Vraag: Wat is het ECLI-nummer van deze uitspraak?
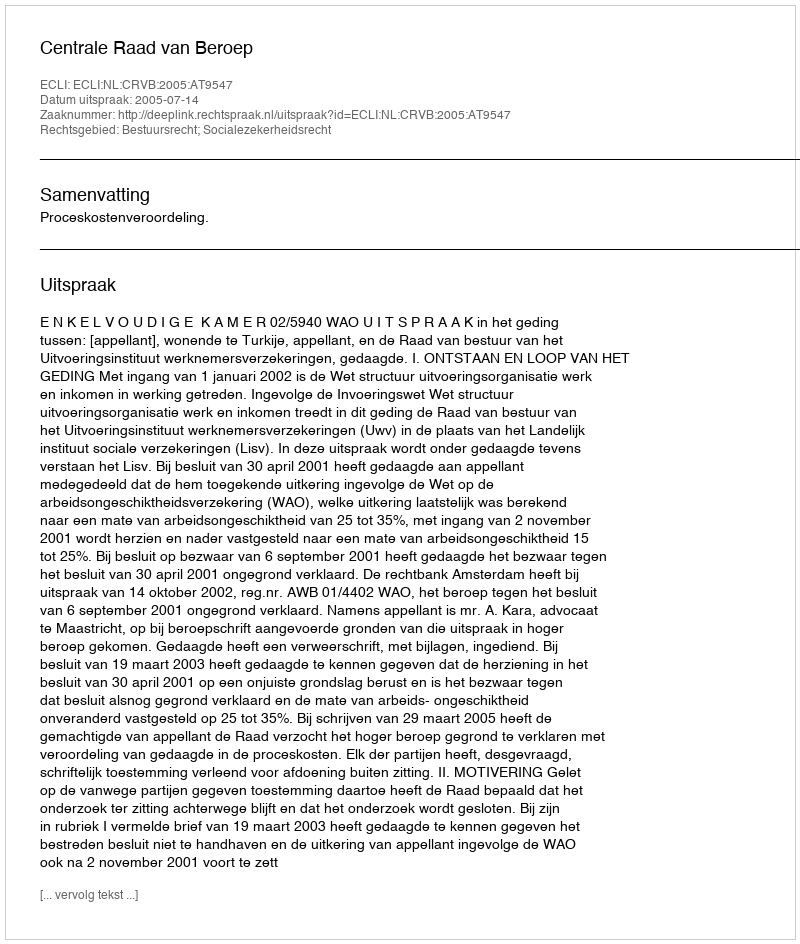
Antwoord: ECLI:NL:CRVB:2005:AT9547